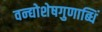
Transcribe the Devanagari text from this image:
वन्द्योशेषगुणाब्धिं